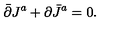
\bar { \partial } J ^ { a } + \partial \bar { J } ^ { a } = 0 .